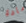
مادة